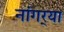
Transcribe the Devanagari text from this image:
नांगर्‍या